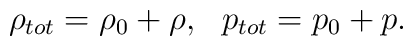
\rho_{tot}=\rho_0+\rho, \ \ p_{tot}=p_0+p.